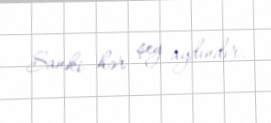
Sanki hər şey aydındır.